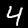
Label: 4